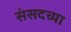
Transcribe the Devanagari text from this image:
संसदच्या